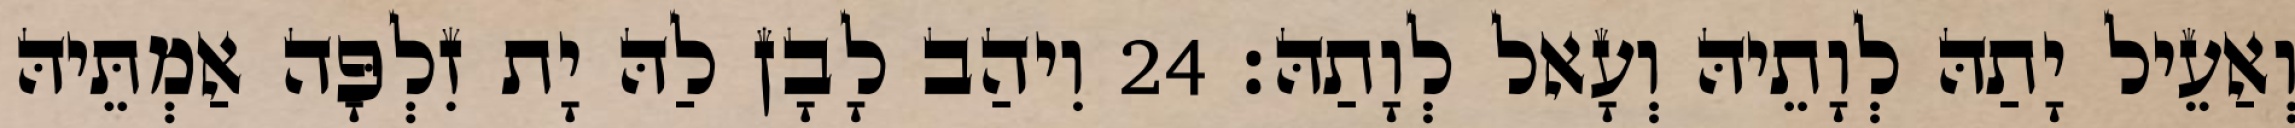
וְאַעֵיל יָתַהּ לְוָתֵיהּ וְעָאל לְוָתַהּ׃ 24 וִיהַב לָבָן לַהּ יָת זִלְפָּה אַמְתֵּיהּ